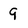
Character: 9